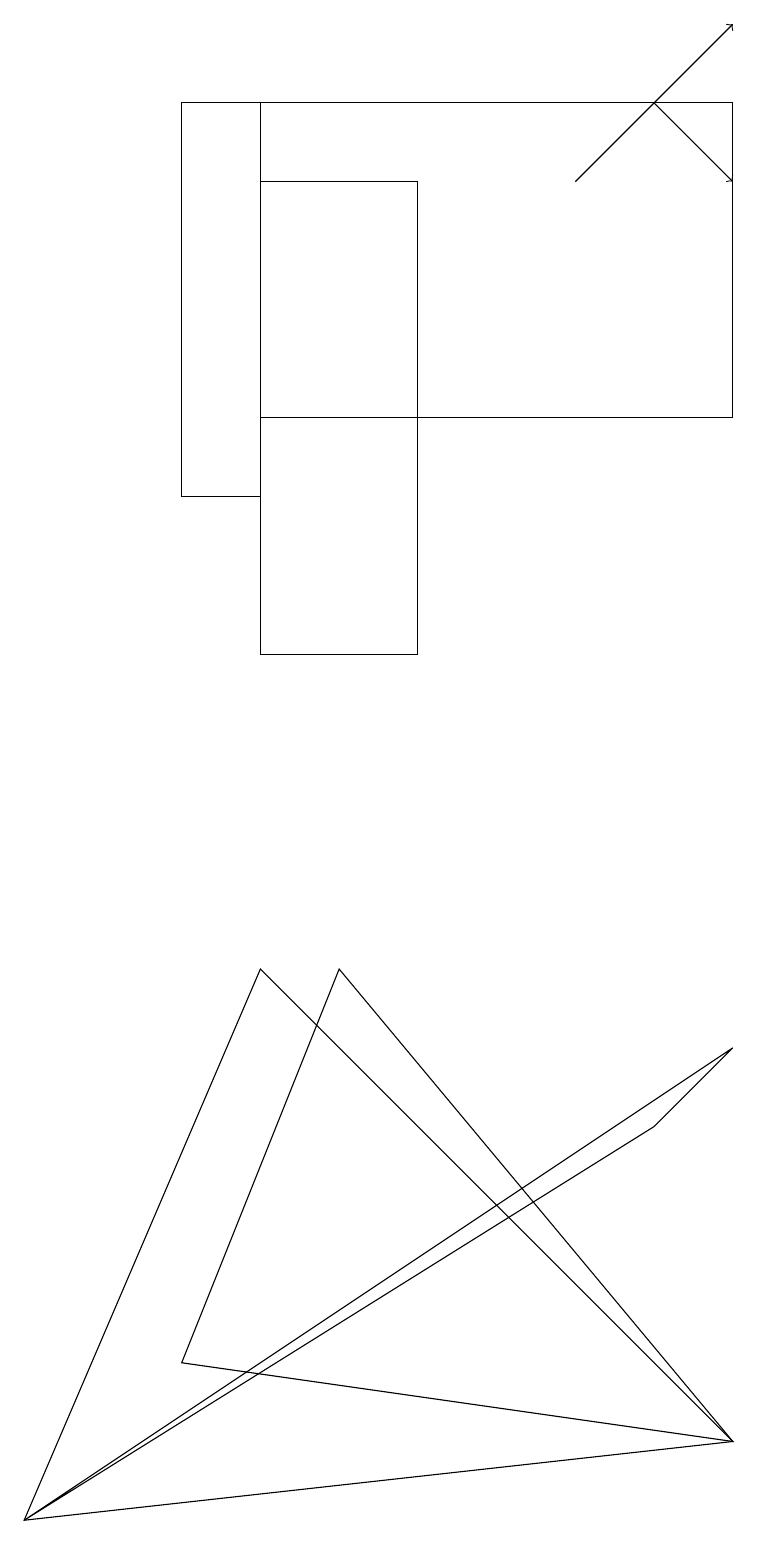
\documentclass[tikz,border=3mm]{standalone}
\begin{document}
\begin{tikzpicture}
\draw[->] (7,17) -- (9,19);
\draw[->] (8,18) -- (9,17);
\draw (3,18) rectangle (9,14);
\draw (3,18) rectangle (2,13);
\draw (3,7) -- (9,1) -- (0,0) -- cycle;
\draw (3,17) rectangle (5,11);
\draw (4,7) -- (9,1) -- (2,2) -- cycle;
\draw (9,6) -- (0,0) -- (8,5) -- cycle;
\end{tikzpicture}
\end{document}